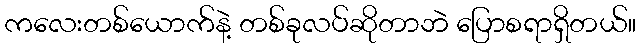
ကလေးတစ်ယောက်နဲ့ တစ်ခုလပ်ဆိုတာဘဲ ပြောစရာရှိတယ်။